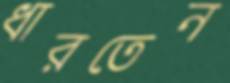
ধারতেন